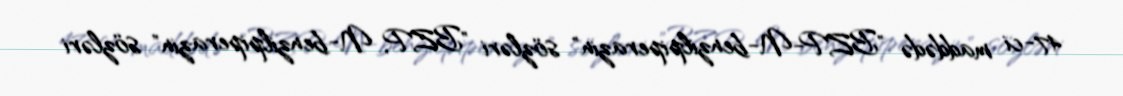
47-ci maddədə "BZP-N-benzilpiperazin" sözləri "BZP, N-benzilpiperazin" sözləri